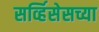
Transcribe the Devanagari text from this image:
सर्व्हिसेसच्या